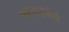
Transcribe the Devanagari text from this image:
महदाइसेचे